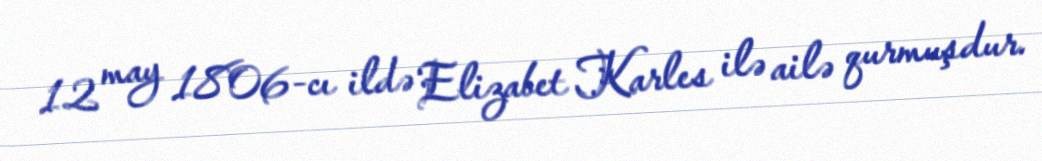
12 may 1806-cı ildə Elizabet Karles ilə ailə qurmuşdur.